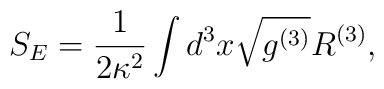
S_{E}=\frac{1}{2 \kappa ^{2}}\int d^{3}x\sqrt{g^{(3)}}{  R^{(3)}},